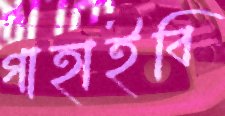
গাহাইবি